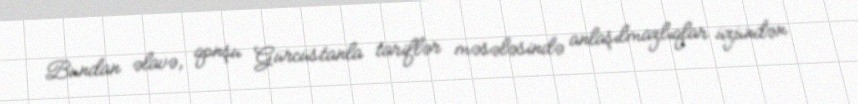
Bundan əlavə, qonşu Gürcüstanla tariflər məsələsində anlaşılmazlıqlar üzündən